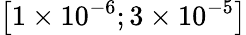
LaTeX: \left[1\times 10^{-6};3\times 10^{-5}\right]